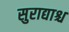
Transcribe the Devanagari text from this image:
सुराद्याश्च